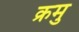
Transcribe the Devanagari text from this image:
क्रमु